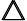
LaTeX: \pmb{\triangle}